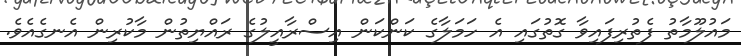
މައުލޫމާތު ފެތުރިފައިވާ ގޮތުގައި އެ ހަމަލާގެ ކަންކަން އިސްރާއީލުގެ ރައްޔިތުން މާކުރިން އެނގެއެވެ.